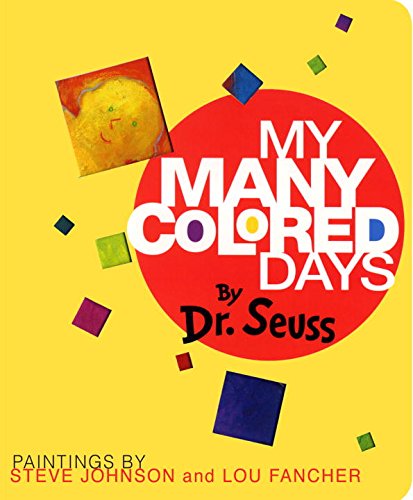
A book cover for My Many Colored Days; Dr. Seuss; Literature & Fiction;